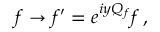
f \rightarrow { f } ^ { \prime } = e ^ { i y Q _ { f } } f \, ,